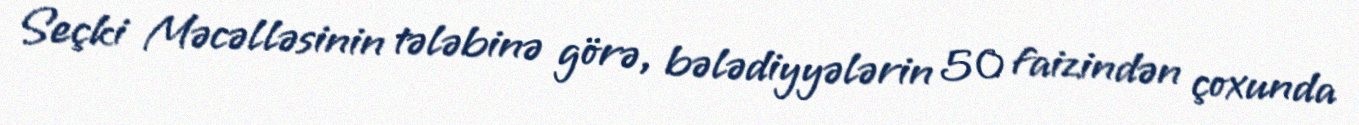
Seçki Məcəlləsinin tələbinə görə, bələdiyyələrin 50 faizindən çoxunda